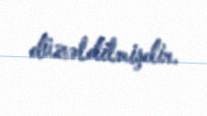
düzəldilmişdir.